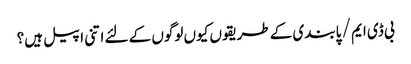
بی ڈی ایم / پابندی کے طریقوں کیوں لوگوں کے لئے اتنی اپیل ہیں؟